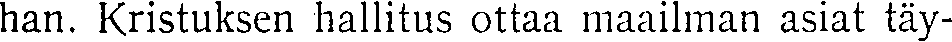
han. Kristuksen hallitus ottaa maailman asiat täy-